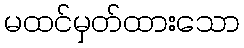
မထင်မှတ်ထားသော